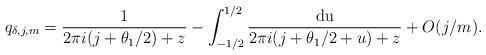
LaTeX: \begin{align*} q_{\delta,j,m} = \frac{1}{2 \pi i (j + \theta_1/2 ) + z} - \int_{-1/2}^{1/2} \frac{ \mathrm{du} }{ 2 \pi i (j + \theta_1/2+ u ) + z } + O(j/m).\end{align*}